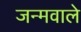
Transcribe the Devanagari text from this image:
जन्मवाले